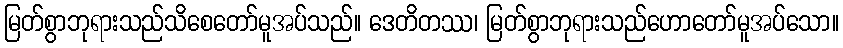
မြတ်စွာဘုရားသည်သိစေတော်မူအပ်သည်။ ဒေတိတဿ၊ မြတ်စွာဘုရားသည်ဟောတော်မူအပ်သော။